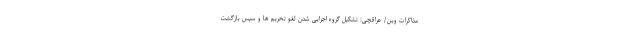
مذاکرات وین/ عراقچی: تشکیل گروه اجرایی شدن لغو تحریم ها و سپس بازگشت